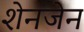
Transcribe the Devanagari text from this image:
शेनजेन